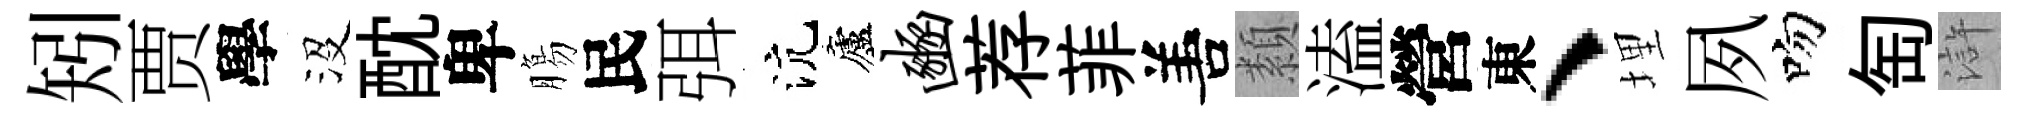
矧贾學沒酖卑膓民弭沆廬豳荐菲𠵊纇溘營東、埋夙吻匋滸